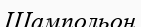
Шампольон